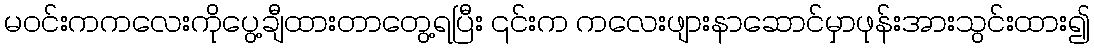
မဝင်းကကလေးကိုပွေ့ချီထားတာတွေ့ရပြီး ၎င်းက ကလေးဖျားနာဆောင်မှာဖုန်းအားသွင်းထား၍